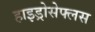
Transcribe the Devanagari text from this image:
हाइड्रोसेफ्लस